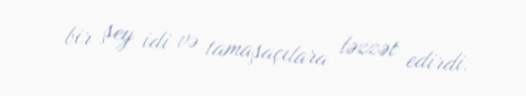
bir şey idi və tamaşaçılara ləzzət edirdi.